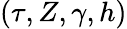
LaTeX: (\tau,Z,\gamma,h)